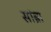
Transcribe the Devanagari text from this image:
सांब्रा